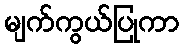
မျက်ကွယ်ပြုကာ